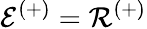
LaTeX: \mathcal{E}^{(+)}=\mathcal{R}^{(+)}